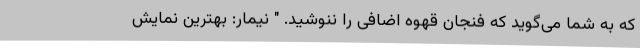
که به شما می‌گوید که فنجان قهوه اضافی را ننوشید. " نیمار: بهترین نمایش